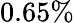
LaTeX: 0.65\%